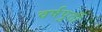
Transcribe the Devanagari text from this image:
वर्षपुर्ती